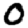
Digit: 0